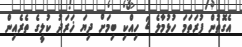
އެގޮތުން ފުރަތަމަ ހުޅުމާލެ 2 ހިއްކި ބިމަށް ދިޔަ ޚަރަދު ކުލީގެ ތެރެއިން